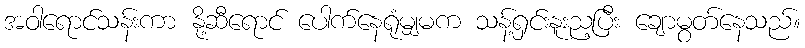
အဝါရောင်သန်းကာ နို့ဆီရောင် ပေါက်နေရုံမျှမက သန့်ရှင်းနူးည့ပြီး ချောမွတ်နေသည်။